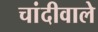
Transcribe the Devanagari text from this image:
चांदीवाले